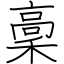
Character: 稾